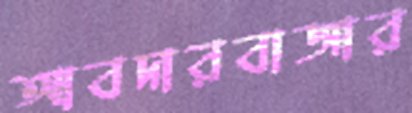
আবদারবাজার